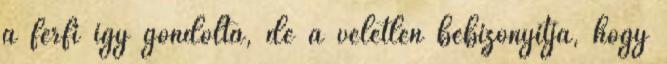
a férfi így gondolta, de a véletlen bebizonyítja, hogy